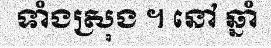
ទាំងស្រុង ។ នៅ ឆ្នាំ